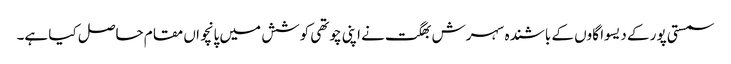
سمستی پور کے دیسوا گاوں کے باشندہ سہرش بھگت نے اپنی چوتھی کوشش میں پانچواں مقام حاصل کیا ہے۔